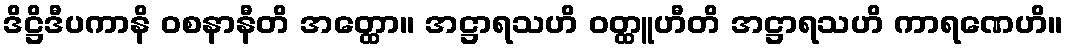
ဒိဋ္ဌိဒီပကာနိ ဝစနာနီတိ အတ္ထော။ အဋ္ဌာရသဟိ ဝတ္ထူဟီတိ အဋ္ဌာရသဟိ ကာရဏေဟိ။